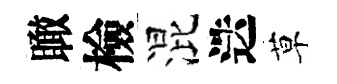
瞰檢混迭草